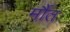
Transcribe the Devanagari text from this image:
र्मौत